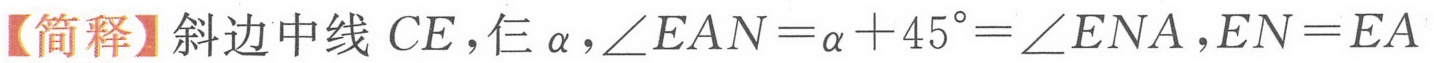
【简释】斜边中线 \(CE\)，仨 \(\alpha\)，\(\angle EAN=\alpha + 45^{\circ}=\angle ENA\)，\(EN = EA\)